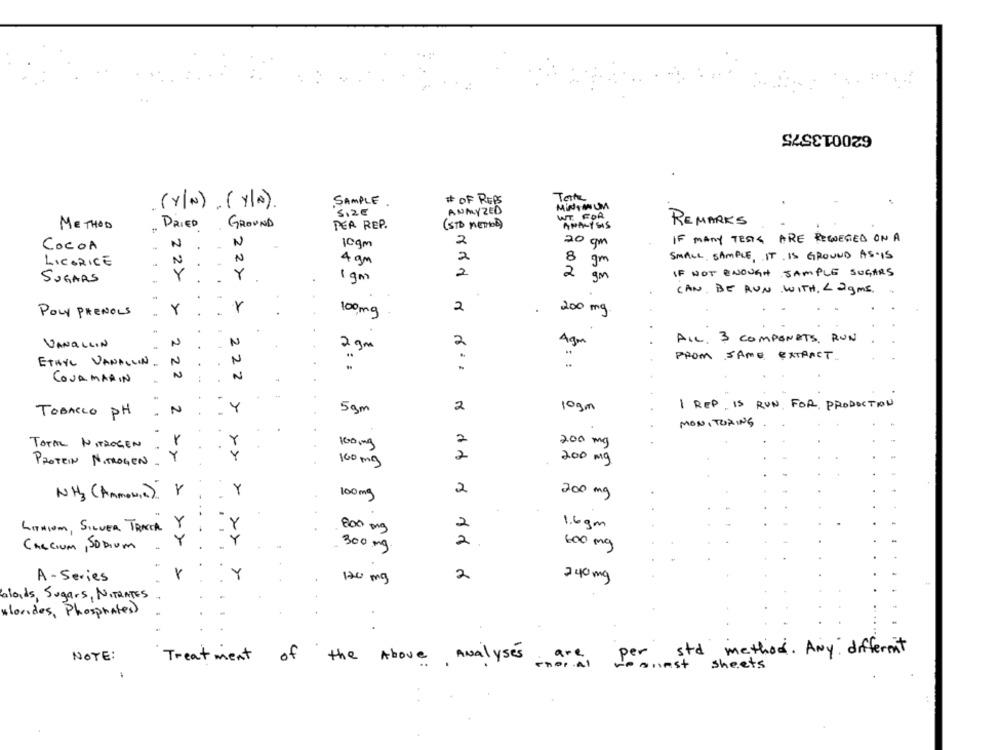
620013575
Tarte
SAMPLE
# OF REPS
( Y/N) . (Y/A).
5,2E
ANMYZED
WT. FOR
METHOD
. DRIED
GROUND
DEA REP.
(STD METHOD)
ANALYSIS
REMARKS
2
20
IF MANY TESTS ARE REQUESTED ON A
COCOA
N
.
N
10gm
gm
SMALL SAMPLE, IT IS GROUND AS-IS
LICORICE
N
N
4 gm
2
8
gm
Y
2
2
gm
IF NOT ENOUGH SAMPLE SUGARS
SUGARS
1 gm
CAN BE RUN WITH. < 2gms.
2
200 mg
POLY PHENOLS
Y
100,mg
VANQLLIN
N
N
2
Agm
ALL. 3 COMPONENTS. RUN
2 gm
N
.
FROM SAME EXTRACT
ETHYL VANALLIN.
+
N
N
N
COJA MARIN
1 REP. IS RUN FOR PRODUCTION
TOBACCO PH
N
Y
5gm
2
10gm
MONITORING
2
200 mg
TOTAL NITROGEN
100 mg
Y
Y
2
200 mg
PROTEIN NITROGEN-
160 mg
NH3 (Ammonia). Y
Y
100mg
2
200 mg
2
1.6gm
LITHIUM, SILVER TRACK Y
800 mg
2
CALCIUM, SODIUM
Y
300 mg
600 mg
A - Series
Y
170 mg
2
240mg
blods, Sugars, NITRATES
*lorides, Phosphates)
NOTE:
Treatment
of the Above Analyses are per std method. Any different
sheets